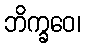
ဘိက္ခဝေ၊